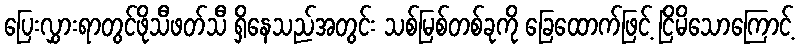
ပြေးလွှားရာတွင်ဖိုသီဖတ်သီ ရှိနေသည်အတွင်း သစ်မြစ်တစ်ခုကို ခြေထောက်ဖြင့် ငြိမိသောကြောင့်